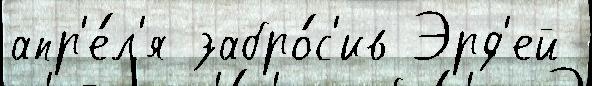
апр'е́л'я забро́с'ив Эрд'ей